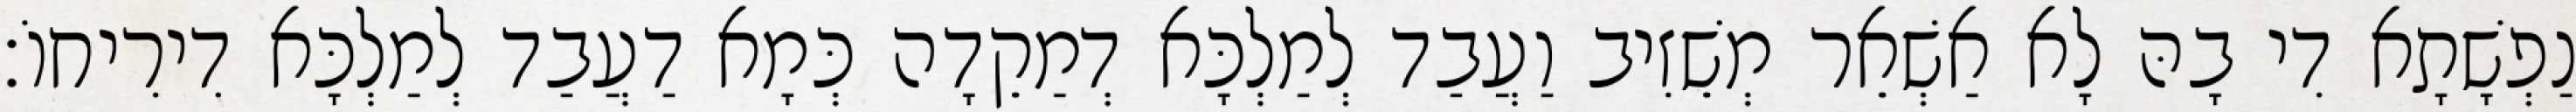
נַפְשָׁתָא דִי בָהּ לָא אַשְׁאֵר מְשֵׁזִיב וַעֲבַד לְמַלְכָּא דְמַקֵדָה כְּמָא דַעֲבַד לְמַלְכָּא דִירִיחוֹ׃